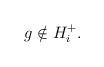
LaTeX: \begin{align*}g \notin H_i^+.\end{align*}